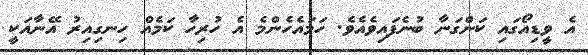
އެ ވީޑިއޯގައި ކަންގަނާ ބުނެފައިވެއެވެ. ހަމައެހެންމެ އެ ހުރިހާ ކަމެއް ހިނގިއިރު އޭނާއަކީ